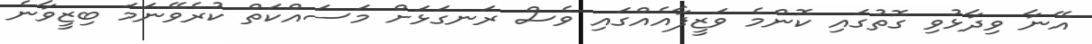
އޭނާ ވިދާޅުވި ގޮތުގައި ކޮންމެ ވަޒީފާއެއްގައި ވެސް ރަނގަޅަށް މަސައްކަތް ކުރެވޭނަމަ ބިޒީވާނެ